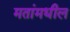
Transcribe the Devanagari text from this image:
मतांमधील